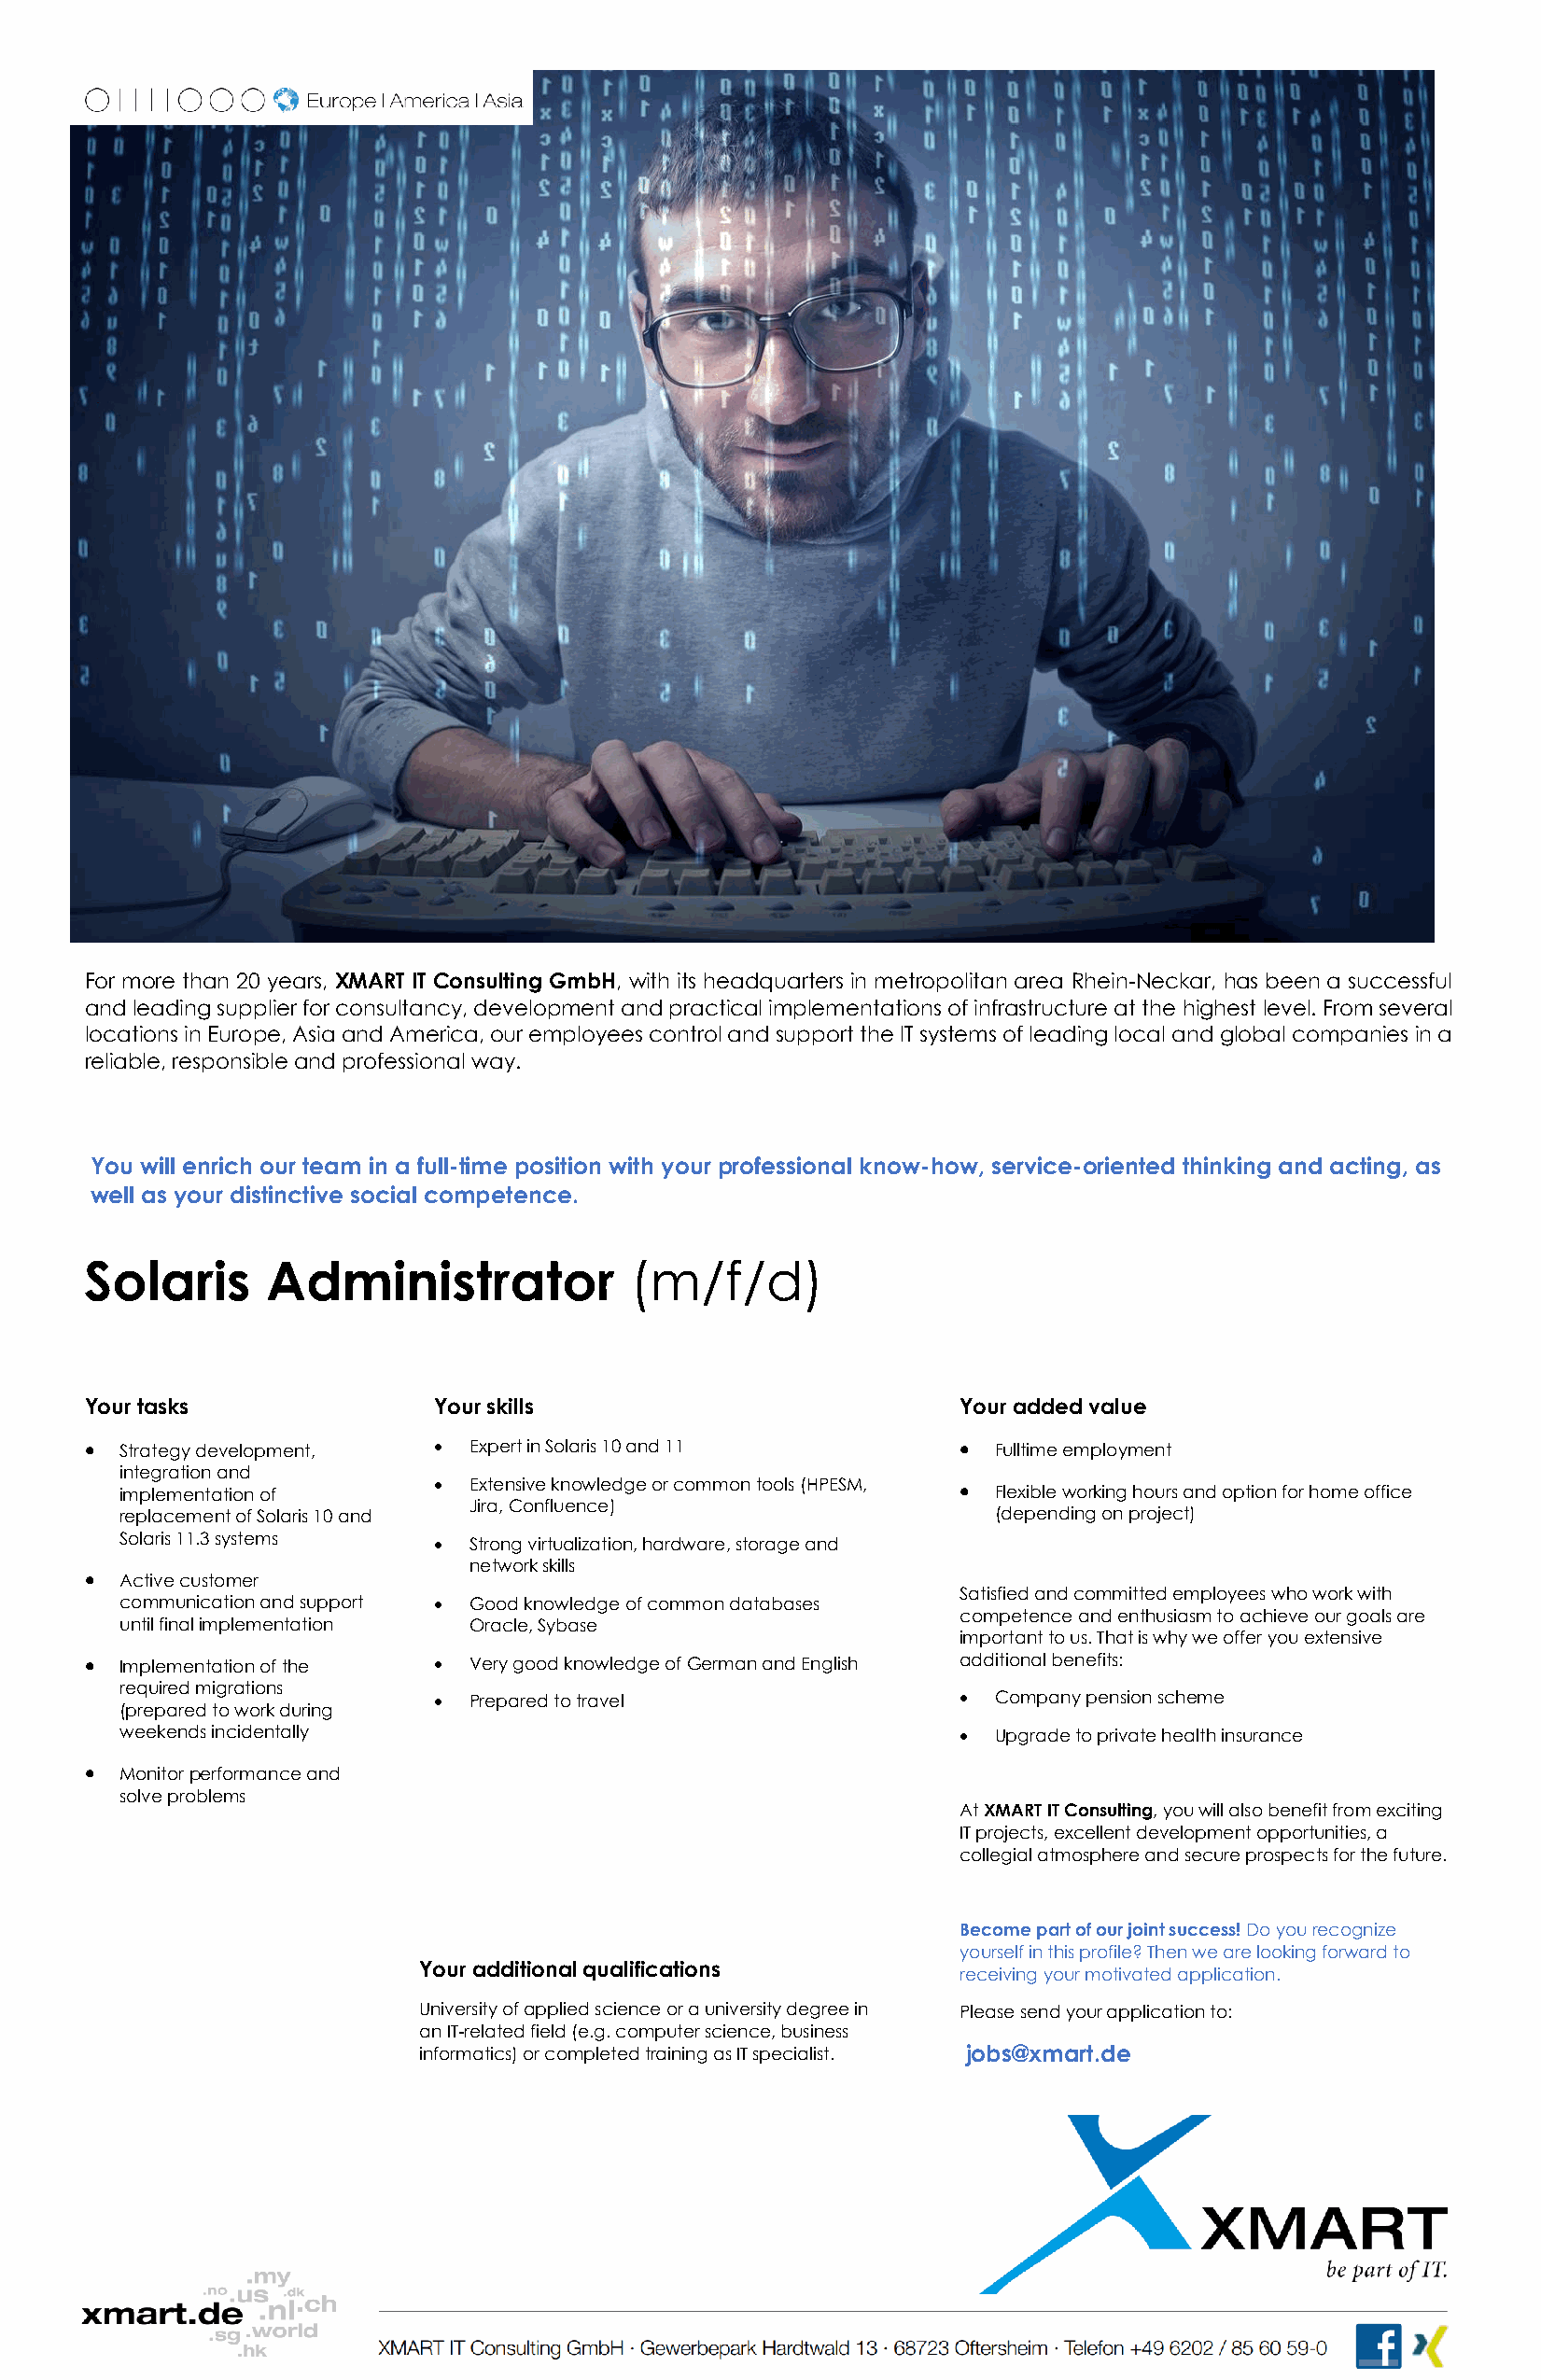
For more than 20 years, XMART IT Consulting GmbH, with its headquarters in metropolitan area Rhein-Neckar, has been a successful
 and leading supplier for consultancy, development and practical implementations of infrastructure at the highest level. From several
 locations in Europe, Asia and America, our employees control and support the IT systems of leading local and global companies in a
 reliable, responsible and professional way.
 You will enrich our team in a full-time position with your professional know-how, service-oriented thinking and acting, as
 well as your distinctive social competence.
 Solaris      Administrator             (m/f/d)
 Your tasks               Your skills                          Your added value
 • Strategy development,  • Expert in Solaris 10 and 11        •  Fulltime employment
 integration and
 implementation of      • Extensive knowledge or common tools (HPESM, • Flexible working hours and option for home office
 replacement of Solaris 10 and
 Jira, Confluence)
 (depending on project)
 Solaris 11.3 systems   • Strong virtualization, hardware, storage and
 network skills
 • Active customer
 Satisfied and committed employees who work with
 communication and support • Good knowledge of common databases
 competence and enthusiasm to achieve our goals are
 until final implementation Oracle, Sybase
 important to us. That is why we offer you extensive
 • Implementation of the  • Very good knowledge of German and English additional benefits:
 required migrations
 • Prepared to travel                 •  Company pension scheme
 (prepared to work during
 weekends incidentally                                       •  Upgrade to private health insurance
 • Monitor performance and
 solve problems
 At XMART IT Consulting, you will also benefit from exciting
 IT projects, excellent development opportunities, a
 collegial atmosphere and secure prospects for the future.
 Become part of our joint success! Do you recognize
 yourself in this profile? Then we are looking forward to
 Your additional qualifications
 receiving your motivated application.
 University of applied science or a university degree in Please send your application to:
 an IT-related field (e.g. computer science, business
 informatics) or completed training as IT specialist. jobs@xmart.de